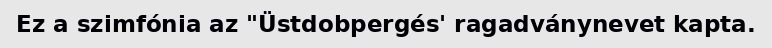
Ez a szimfónia az "Üstdobpergés' ragadványnevet kapta.